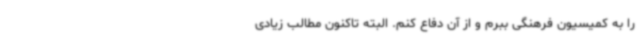
را به کمیسیون فرهنگی ببرم و از آن دفاع کنم. البته تاکنون مطالب زیادی